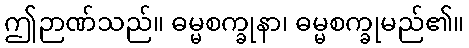
ဤဉာဏ်သည်။ ဓမ္မစက္ခုနာ၊ ဓမ္မစက္ခုမည်၏။